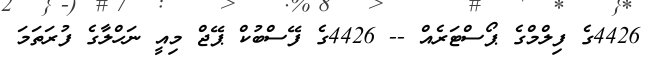
4426ގެ ފިލްމްގެ ޕޯސްޓަރެއް -- 4426ގެ ފޭސްބުކް ޕޭޖް މިއީ ނަހްލާގެ ފުރަތަމަ